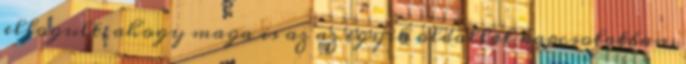
elfogult, ahogy maga is az az egyik oldallal kapcsolatban,